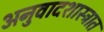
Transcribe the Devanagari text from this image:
अनुवादशास्त्रात